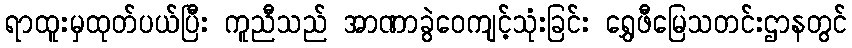
ရာထူးမှထုတ်ပယ်ပြီး ကူညီသည် အာဏာခွဲဝေကျင့်သုံးခြင်း ရွှေဖီမြေသတင်းဌာနတွင်